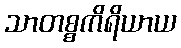
သာတစ္စကိရိယာယ